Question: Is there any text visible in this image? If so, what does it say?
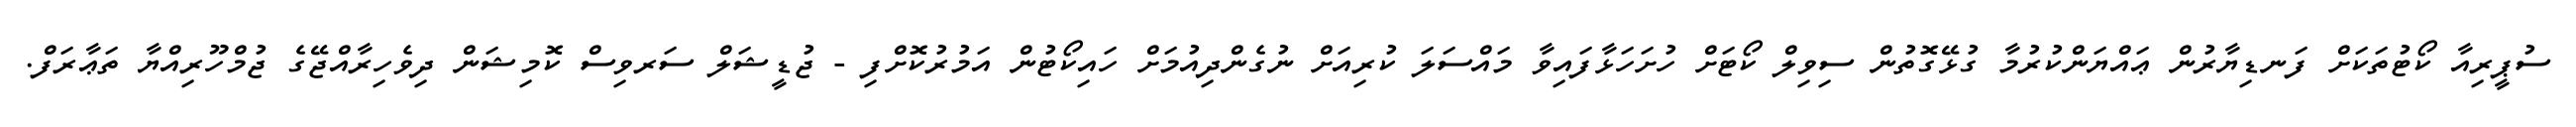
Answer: ސުޕީރިއާ ކޯޓުތަކަށް ފަނޑިޔާރުން ޢައްޔަންކުރުމާ ގުޅޭގޮތުން ސިވިލް ކޯޓަށް ހުށަހަޅާފައިވާ މައްސަލަ ކުރިއަށް ނުގެންދިއުމަށް ހައިކޯޓުން އަމުރުކޮށްފި - ޖުޑީޝަލް ސަރވިސް ކޮމިޝަން ދިވެހިރާއްޖޭގެ ޖުމްހޫރިއްޔާ ތަޢާރަފް.